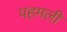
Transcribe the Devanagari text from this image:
पहमली